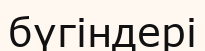
бүгіндері